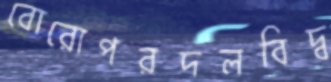
বোরোপরদলবিদ্ব